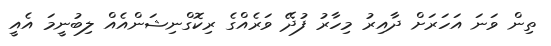
ތިން ވަނަ އަހަރަށް ދާއިރު މިހާރު ފުދޭ ވަރެއްގެ ރިކޮގްނިޝަންއެއް ލިބުނީމަ އެއީ